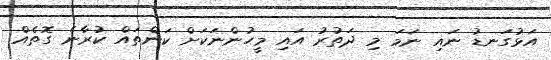
އަޅުގަނޑު ނައި ނަމަ މި ދަތުރު އައި މީހުންނަކަށް ކަންތައް ކުރާނެ ގޮތެއް